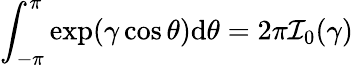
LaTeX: \int_{-\pi}^{\pi}\exp(\gamma\cos\theta)\mathrm{d}\theta=2\pi\mathcal{I}_{0}(\gamma)